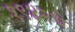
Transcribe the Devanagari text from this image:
१९४२चे